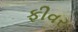
ફીવર